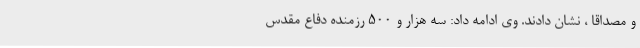
و مصداقاً ، نشان دادند. وی ادامه داد: سه هزار و 500 رزمنده دفاع مقدس